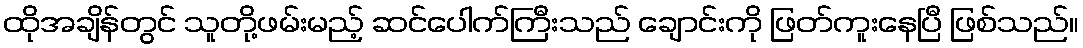
ထိုအချိန်တွင် သူတို့ဖမ်းမည့် ဆင်ပေါက်ကြီးသည် ချောင်းကို ဖြတ်ကူးနေပြီ ဖြစ်သည်။